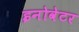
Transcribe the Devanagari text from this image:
इनोवेटर